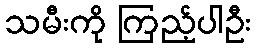
သမီးကို ကြည့်ပါဦး